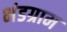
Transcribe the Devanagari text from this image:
भंडग्राम